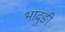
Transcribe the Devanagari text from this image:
भादुङी